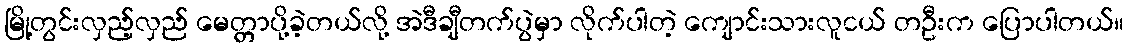
မြို့တွင်းလှည့်လှည် မေတ္တာပို့ခဲ့တယ်လို့ အဲဒီချီတက်ပွဲမှာ လိုက်ပါတဲ့ ကျောင်းသားလူငယ် တဦးက ပြောပါတယ်။